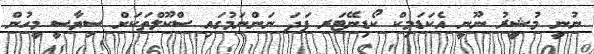
ނުނީ މުޝީރު ނޫނީ އެކަޑަމިކް ކޯޑިނޭޓަރ ފަދަ ނަންނަމުގައި ސްކޫލްތަކަށް ސިޔާސީ މީހުން